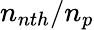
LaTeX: n_{nth}/n_{p}